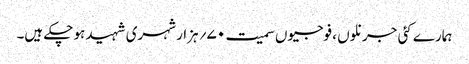
ہمارے کئی جرنلوں ، فوجیوں سمیت ۷۰؍ ہزار شہری شہید ہو چکے ہیں۔